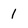
Character: 1